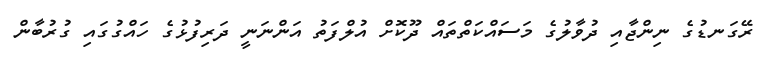
ރޭގަނޑުގެ ނިންޖާއި ދުވާލުގެ މަސައްކަތްތައް ދޫކޮށް އުލްފަތު އަންނަނީ ދަރިފުޅުގެ ހައްގުގައި ގުރުބާން